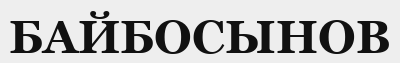
БАЙБОСЫНОВ